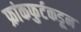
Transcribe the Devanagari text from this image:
फ्रांकफुर्टकडून